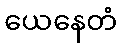
ယေနေတံ